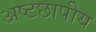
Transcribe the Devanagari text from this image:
अष्टछापीय